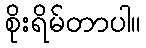
စိုးရိမ်တာပါ။